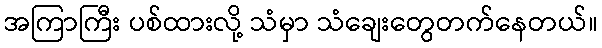
အကြာကြီး ပစ်ထားလို့ သံမှာ သံချေးတွေတက်နေတယ်။